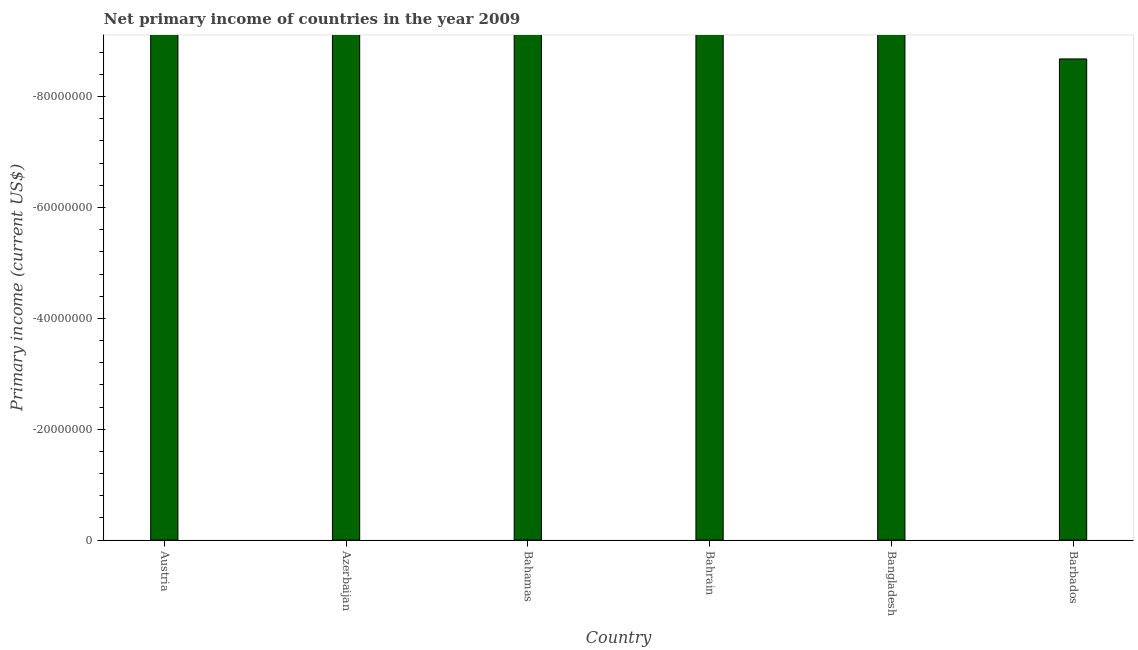
| Country | Net primary income |
 | --- | --- |
 | Austria | -9.38e+07 |
 | Azerbaijan | -3.52e+09 |
 | Bahamas | -1.52e+08 |
 | Bahrain | -2.4e+09 |
 | Bangladesh | -1.4e+09 |
 | Barbados | -8.68e+07 |